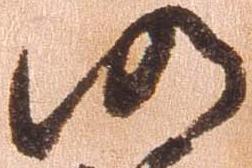
仍